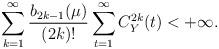
LaTeX: \begin{align*}\sum\limits_{k=1}^{\infty}\frac{b_{2k-1}(\mu)}{(2k)!} \sum\limits_{t=1}^{\infty} C_Y^{2k}(t) <+\infty.\end{align*}